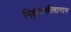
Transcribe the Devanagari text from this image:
निकुंजलीलागान